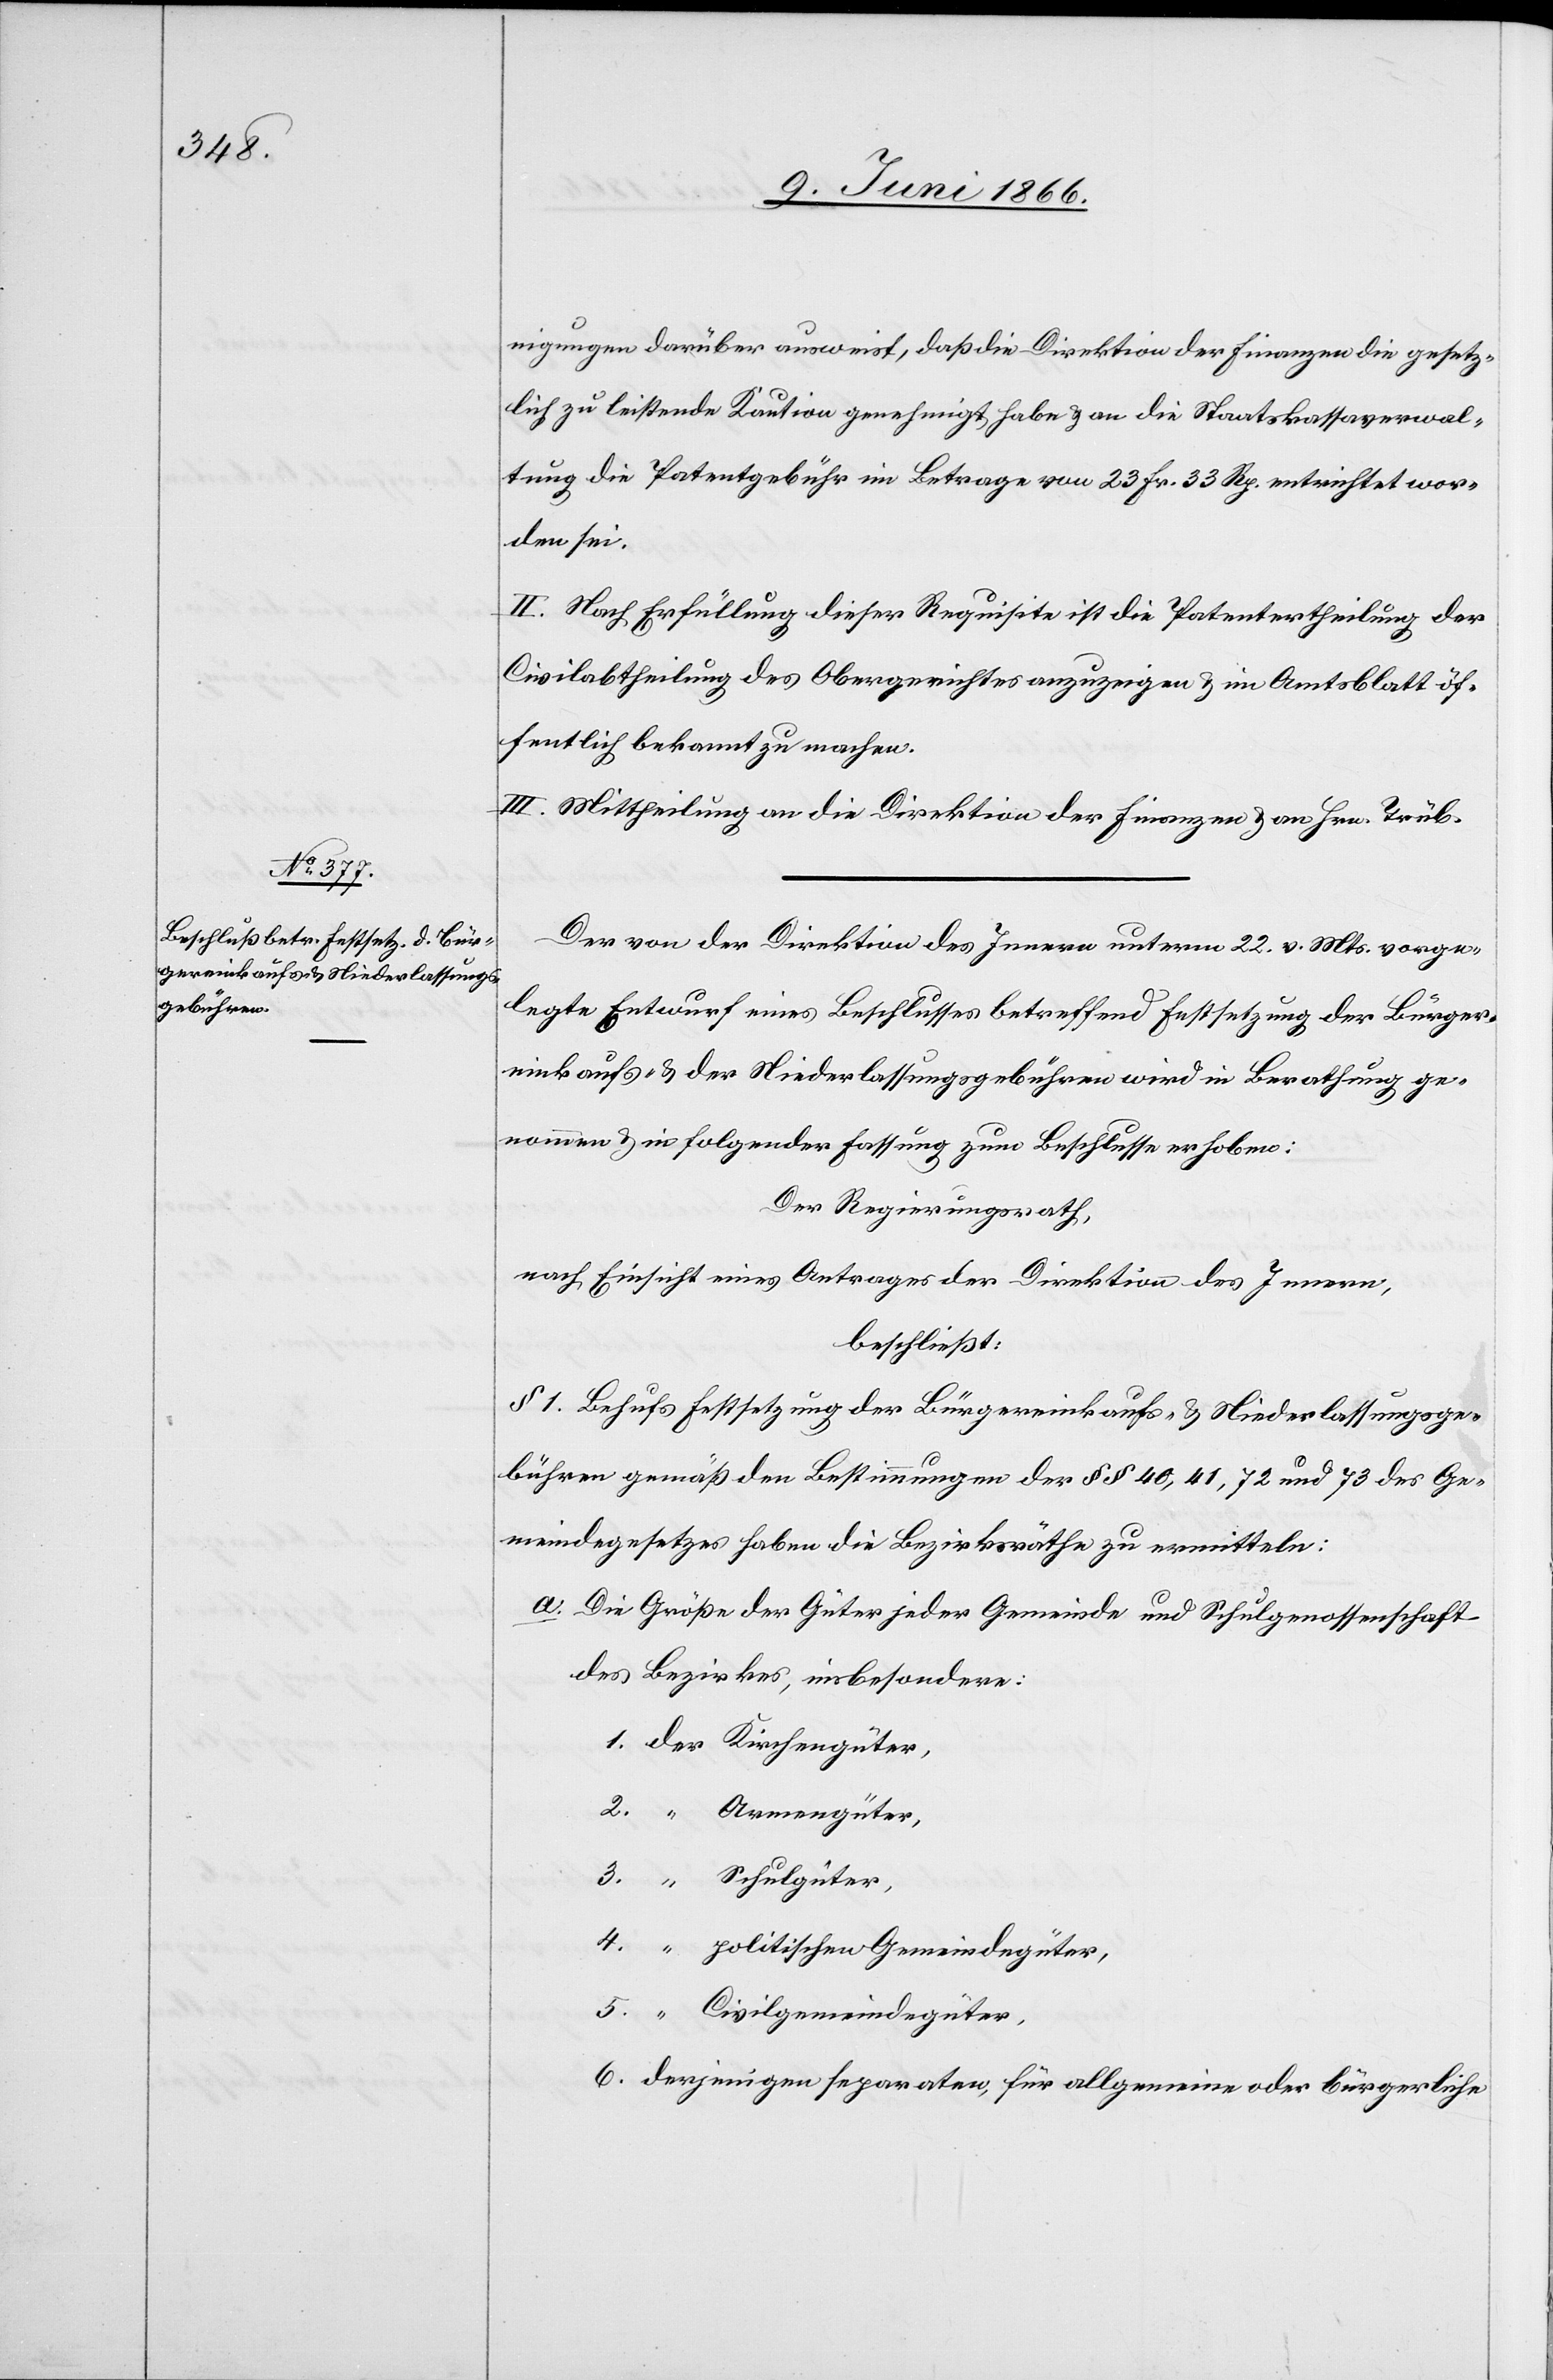
nigungen darüber ausweist, daß die Direktion der Finanzen die gesetz¬
lich zu leistende Kaution genehmigt habe u. an die Staatskassenverwal¬
tung die Patentgebühr im Betrage von 23 Fr. 33 Rp. entrichtet wor¬
den sei.
II. Nach Erfüllung dieser Requisite ist die Patentertheilung der
Civilabtheilung des Obergerichtes anzuzeigen u. im Amtsblatt öf¬
fentlich bekannt zu machen.
III. Mittheilung an die Direktion der Finanzen u. an Hrn. Trüb.